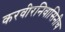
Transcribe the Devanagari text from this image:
करवीरनिवासिनीच